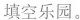
填空乐园。